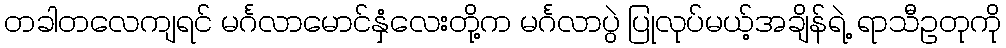
တခါတလေကျရင် မင်္ဂလာမောင်နှံလေးတို့က မင်္ဂလာပွဲ ပြုလုပ်မယ့်အချိန်ရဲ့ ရာသီဥတုကို